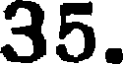
35.